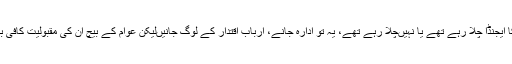
یہ اپوزیشن کا ایجنڈا چلا رہے تھے یا نہیںچلا رہے تھے، یہ تو ادارہ جانے، ارباب اقتدار کے لوگ جانیںلیکن عوام کے بیچ ان کی مقبولیت کافی بڑھ رہی تھی۔